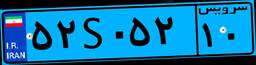
۲۳S۸۰۰۶۵